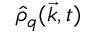
\hat { \rho } _ { q } ( \vec { k } , t )